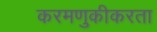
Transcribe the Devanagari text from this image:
करमणुकीकरता